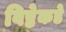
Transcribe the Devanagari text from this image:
विष्ठेकडे